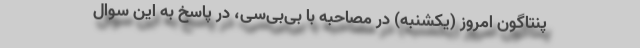
پنتاگون امروز (یکشنبه) در مصاحبه با بی‌بی‌سی، در پاسخ به این سوال